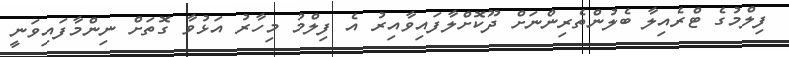
ފިލްމުގެ ޓްރެއިލާ ބެލުންތެރިންނަށް ދޫކޮށްލާފައިވާއިރު އެ ފިލްމު މިހާރު އަޅުވާ ގޮތަށް ނިންމާފައިވަނީ